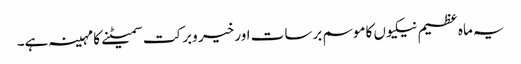
یہ ماہ عظیم نیکیوں کاموسم برسات اور خیر وبرکت سمیٹنے کا مہینہ ہے۔